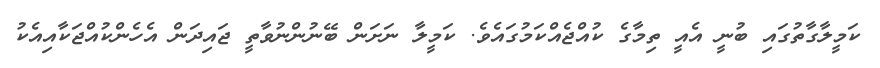
ކަމީލާގާތުގައި ބުނީ އެއީ ތިމާގެ ކުއްޖެއްކަމުގައެވެ. ކަމީލާ ނަށަން ބޭނުންނުވާތީ ޖައިދަން އެހެންކުއްޖަކާއިއެކު